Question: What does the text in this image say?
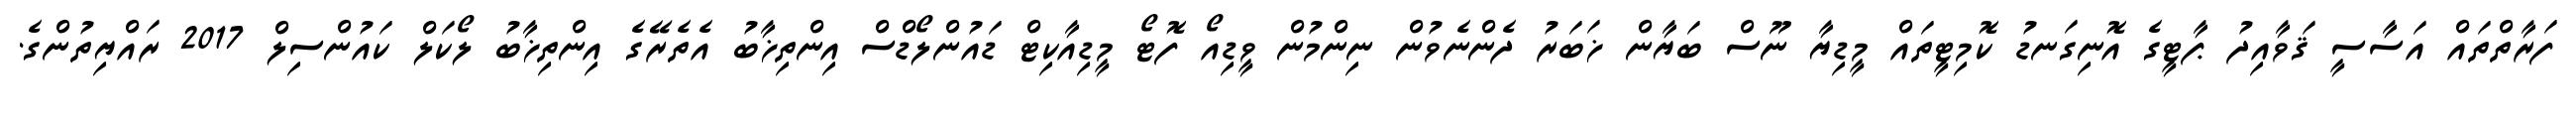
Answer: ފަރާތްތައް އަސާސީ ޤަވާއިދު ޕާޓީގެ އޮނިގަނޑު ކޮމިޓީތައް މީޑިޔާ ނޫސް ބަޔާން ޚަބަރު ދެންނެވުން ނިންމުން ވީޑިއޯ ފޮޓޯ މީޑިއާކިޓް ޑައުންލޯޑްސް އިންތިޚާބު އެތެރޭގެ އިންތިޚާބު ލޯކަލް ކައުންސިލް 2017 ރައްޔިތުންގެ.